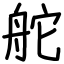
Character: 舵